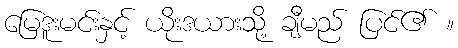
မြေဒူးမင်းနှင့် ယိုးဒယားသို့ ချီမည် ပြင်၏ ။